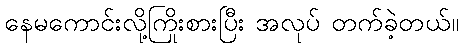
နေမကောင်းလို့ကြိုးစားပြီး အလုပ် တက်ခဲ့တယ်။